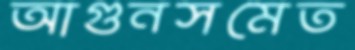
আগুনসমেত